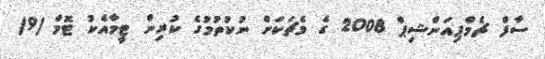
ސާފް ޗެމްޕިއަންޝިޕް 2008 ގެ މެޗަކަށް ނުކުތުމުގެ ކުރިން ޓީމާއެކު ޓޮމް (9)